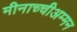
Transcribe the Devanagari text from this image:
मीनाच्चीअम्मन